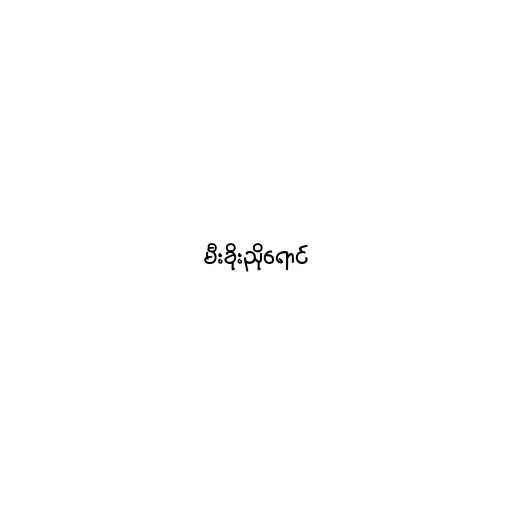
မီးခိုးညိုရောင်